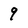
Character: 9